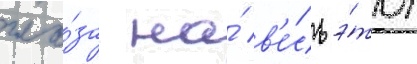
гла́за на́ в'е́сь э́тот